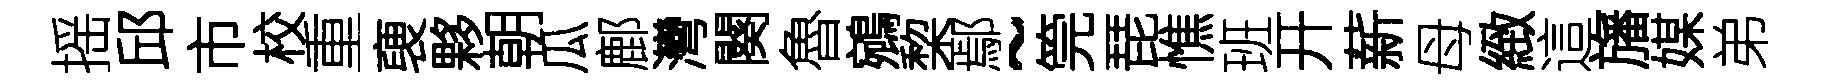
摇邱市校重褏夥朝瓜鄜灣闋魯鵷棃鄢~筦琵憔班开薪母緻這旛媒弟